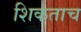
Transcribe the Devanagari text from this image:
शिकताच